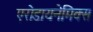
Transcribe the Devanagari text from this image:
एरोडायनेमिक्स